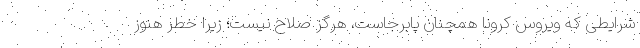
شرایطی که ویروس کرونا همچنان پابرجاست، هرگز صلاح نیست؛ زیرا خطر هنوز